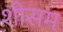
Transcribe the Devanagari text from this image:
शीसम